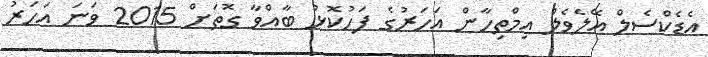
އެޑެކްސެލް އޭލެވެލް އިމްތިހާން އަހަރުގެ ފަހުކޮޅު ބާއްވާ ގޮތަށް 2015 ވަނަ އަހަރު